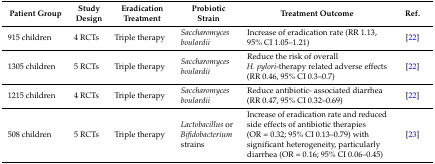
<table><thead><tr><td><b>Patient Group</b></td><td><b>Study Design</b></td><td><b>Eradication Treatment</b></td><td><b>Probiotic Strain</b></td><td><b>Treatment Outcome</b></td><td><b>Ref.</b></td></tr></thead><tbody><tr><td>915 children</td><td>4 RCTs</td><td>Triple therapy</td><td><i>Saccharomyces boulardii</i></td><td>Increase of eradication rate (RR 1.13, 95% CI 1.05–1.21)</td><td>[22]</td></tr><tr><td>1305 children</td><td>5 RCTs</td><td>Triple therapy</td><td><i>Saccharomyces boulardii</i></td><td>Reduce the risk of overall <i>H. pylori</i>-therapy related adverse effects (RR 0.46, 95% CI 0.3–0.7)</td><td>[22]</td></tr><tr><td>1215 children</td><td>4 RCTs</td><td>Triple therapy</td><td><i>Saccharomyces boulardii</i></td><td>Reduce antibiotic- associated diarrhea (RR 0.47, 95% CI 0.32–0.69)</td><td>[22]</td></tr><tr><td>508 children</td><td>5 RCTs</td><td>Triple therapy</td><td><i>Lactobacillus</i> or <i>Bifidobacterium</i> strains</td><td>Increase of eradication rate and reduced side effects of antibiotic therapies (OR = 0.32; 95% CI 0.13–0.79) with significant heterogeneity, particularly diarrhea (OR = 0.16; 95% CI 0.06–0.45)</td><td>[23]</td></tr></tbody></table>